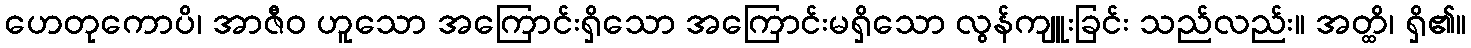
ဟေတုကောပိ၊ အာဇီဝ ဟူသော အကြောင်းရှိသော အကြောင်းမရှိသော လွန်ကျူးခြင်း သည်လည်း။ အတ္ထိ၊ ရှိ၏။